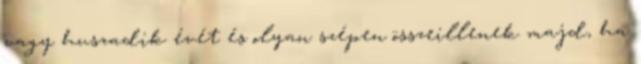
vagy huszadik évét és olyan szépen összeillenek majd, ha